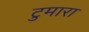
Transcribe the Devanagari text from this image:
टुमारा